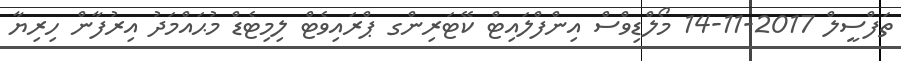
ތަފްސީލް 2017-11-14 މޯލްޑިވްސް އިންފްލައިޓް ކޭޓަރިންގ ޕްރައިވެޓް ލިމިޓެޑް މުޙައްމަދު އިރުފާން ހިރިޔާ